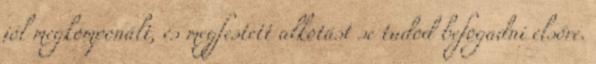
jól megkomponált, és megfestett alkotást se tudod befogadni elsőre.